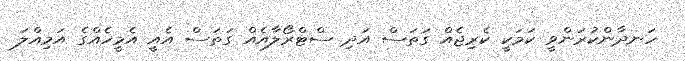
ހަނދާންކުރަންވީ ކަމަކީ ކެރިޖެއް ގަތަސް އަދި ސްޓްރޯލާއެއް ގަތަސް އެއީ އެމީހެއްގެ އަމިއްލަ